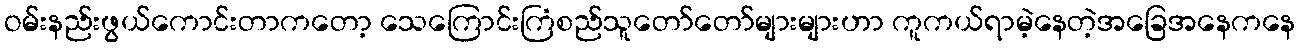
ဝမ်းနည်းဖွယ်ကောင်းတာကတော့ သေကြောင်းကြံစည်သူတော်တော်များများဟာ ကူကယ်ရာမဲ့နေတဲ့အခြေအနေကနေ